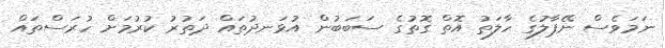
ނަމަވެސް ނޭޕާލުގެ ހާލަތު އޮތް ގޮތުގެ ސަބަބުން އުޅަނދުތައް ދަތުރު ކުރުމަށް ހުރަސްތައް